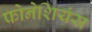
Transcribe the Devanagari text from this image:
फोनेशियंस